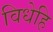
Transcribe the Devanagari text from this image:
विधेहि